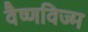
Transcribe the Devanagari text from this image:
वैष्णविज्म